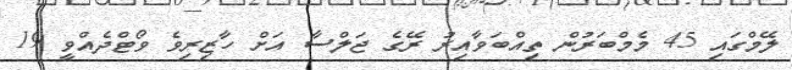
ލޭމްގައި 45 މެމްބަރުން ތިއްބަވާއިރު ރޭގެ ޖަލްސާ އަށް ހާޒިރިވެ ވޯޓްދެއްވީ 19